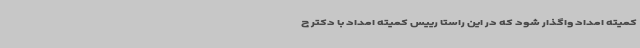
کمیته امداد واگذار شود که در این راستا رییس کمیته امداد با دکتر ج